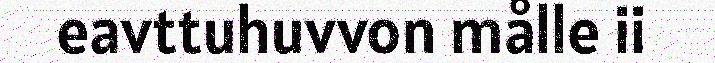
eavttuhuvvon målle ii